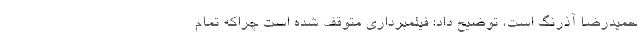
حمیدرضا آذرنگ است، توضیح داد: فیلمبرداری متوقف شده است چراکه تمام